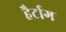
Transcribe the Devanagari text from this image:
हैर्टाग